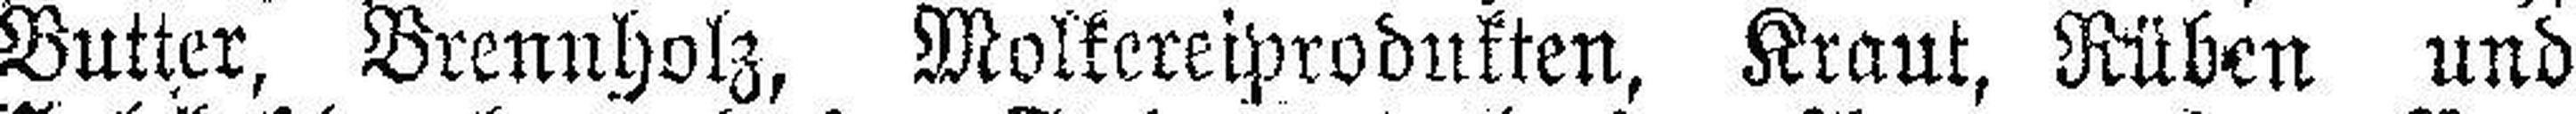
Butter, Brennholz, Molkereiprodukten, Kraut, Rüben und